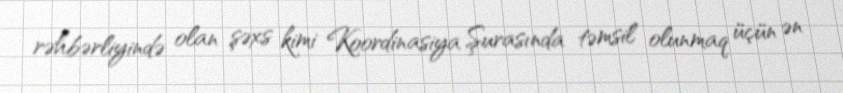
rəhbərliyində olan şəxs kimi Koordinasiya Şurasında təmsil olunmaq üçün ən